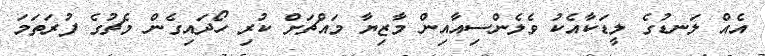
އެއް ލަނޑުގެ ލީޑަކާއެކު ވެލެންސިއާއިން މާޒިޔާ މައްޗަށް ކުރި ހޯދައިގެން މެޗުގެ ފުރަތަމަ